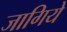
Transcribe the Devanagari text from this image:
जागिये